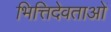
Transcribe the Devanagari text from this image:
भित्तिदेवताओं